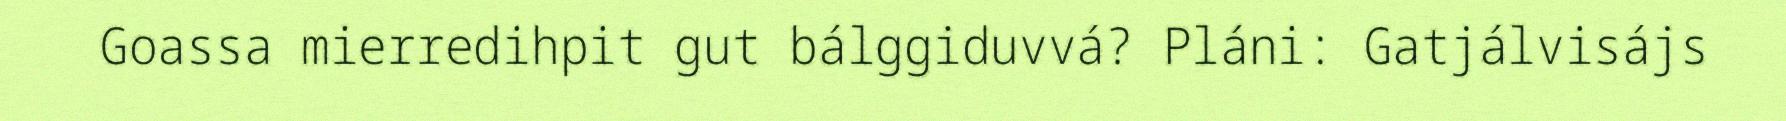
Goassa mierredihpit gut bálggiduvvá? Pláni: Gatjálvisájs